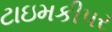
ટાઇમકીપર